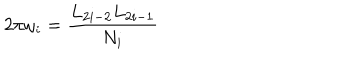
LaTeX: 2 \pi \omega _ { i } = \frac { L _ { 2 i - 2 } L _ { 2 i - 1 } } { N _ { i } }